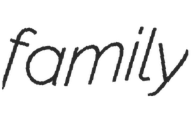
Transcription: family